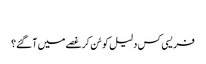
‏
فریسی کس دلیل کو سُن کر غصے میں آ گئے؟